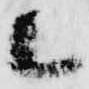
候